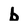
Character: b